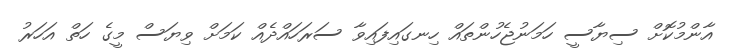
އާންމުކޮށް ސިޔާސީ ހަމަނުޖެހުންތައް ހިނގައިފައިވާ ސަރަހައްދެއް ކަަމަށް ވިޔަސް މީގެ ހަތް އަހަރު